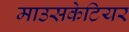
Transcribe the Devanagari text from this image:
माउसकेटियर